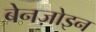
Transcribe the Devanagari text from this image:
बेनज़ोइन